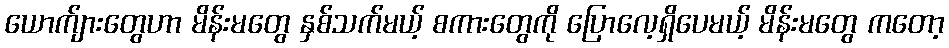
ယောက်ျားတွေဟာ မိန်းမတွေ နှစ်သက်မယ့် စကားတွေကို ပြောလေ့ရှိပေမယ့် မိန်းမတွေ ကတော့